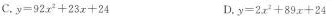
C.$$y = 9 2 x ^ { 2 } + 2 3 x + 2 4$$ D.$$y = 2 x ^ { 2 } + 8 9 x + 2 4$$